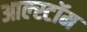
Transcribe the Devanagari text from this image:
आल्स्टॉम